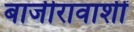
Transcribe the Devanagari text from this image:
बाजीरावाशीं